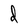
Character: d